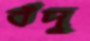
বঁদু